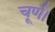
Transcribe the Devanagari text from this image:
चूर्ण।